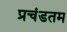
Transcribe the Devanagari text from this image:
प्रचंडतम